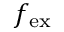
f _ { \mathrm { e x } }